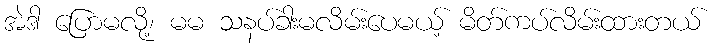
အဲဒါ ပြောမလို့၊ မမ သနပ်ခါးမလိမ်းပေမယ့် မိတ်ကပ်လိမ်းထားတယ်